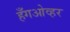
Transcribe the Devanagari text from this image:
हँगओव्हर